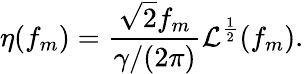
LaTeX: \eta(f_{m})=\frac{\sqrt{2}f_{m}}{\gamma/(2\pi)}\mathcal{L}^{\frac{1}{2}}(f_{m}).